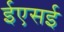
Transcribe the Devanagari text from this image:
ईएसई